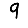
Digit: 9